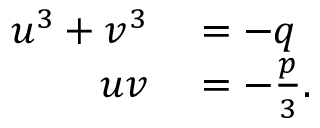
\begin{array} { r l } { u ^ { 3 } + v ^ { 3 } } & { { } = - q } \\ { u v } & { { } = - { \frac { p } { 3 } } . } \end{array}